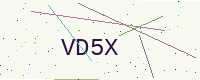
Text: VD5X